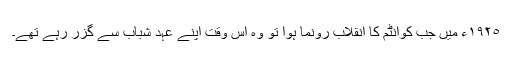
١٩٢٥ء میں جب کوانٹم کا انقلاب رونما ہوا تو وہ اس وقت اپنے عہد شباب سے گزر رہے تھے۔